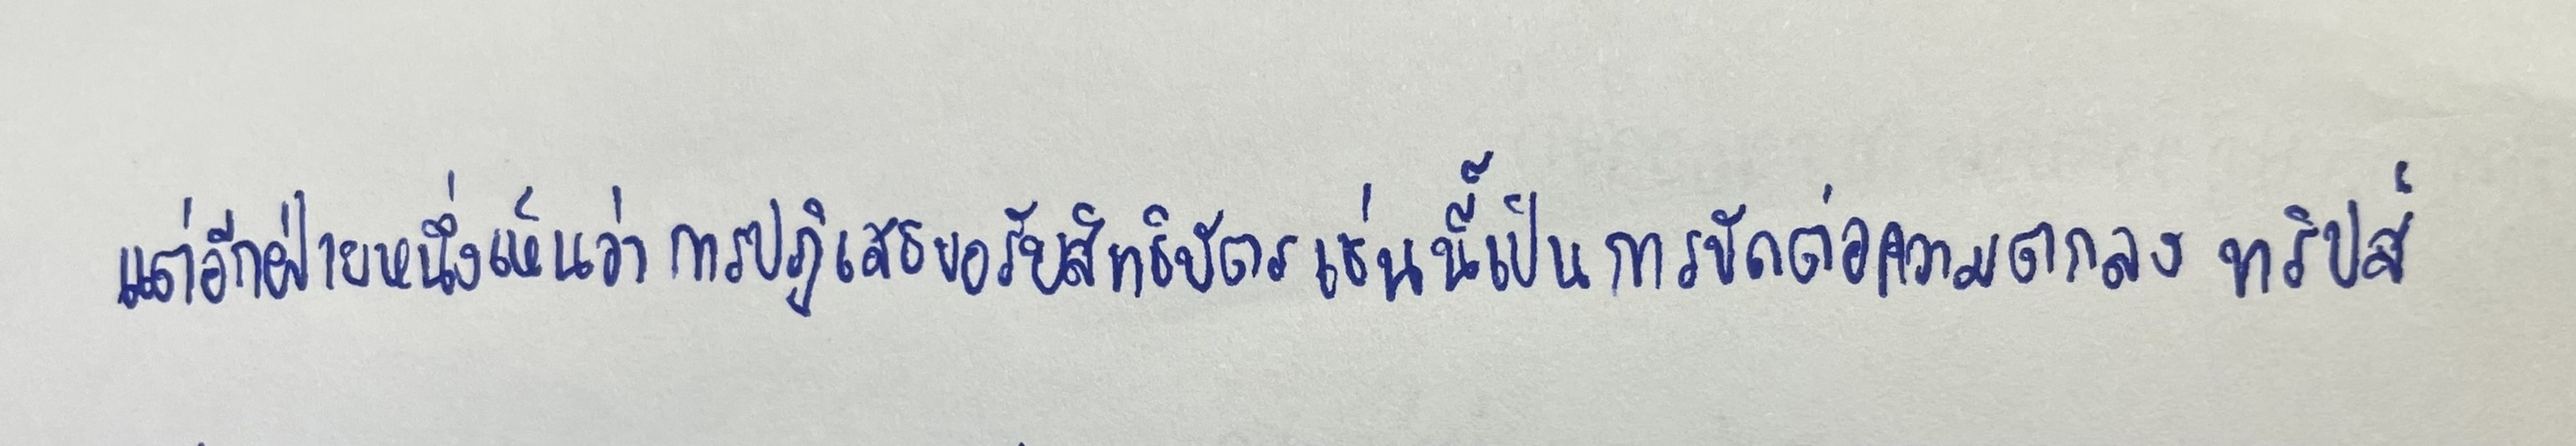
แต่อีกฝ่ายหนึ่งเห็นว่าการปฏิเสธคำขอรับสิทธิบัตรเช่นนี้เป็นการขัดต่อความตกลงทริปส์